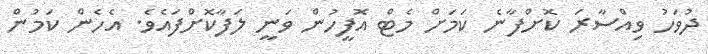
ދުވަހު ވިއްސާރަ ކޮށްފާނެ ކަމަށް މެޓް އޮފީހުން ވަނީ ލަފާކޮށްފައެވެ. އެހެން ކަމުން